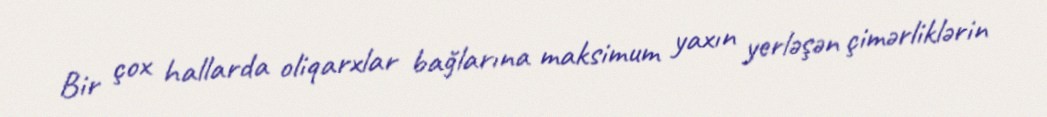
Bir çox hallarda oliqarxlar bağlarına maksimum yaxın yerləşən çimərliklərin